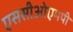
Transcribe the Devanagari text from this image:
एससीओएमपी